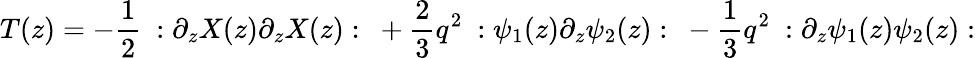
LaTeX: T(z)=-{\frac{1}{2}}~:\partial_{z}X(z)\partial_{z}X(z):~+{\frac{2}{3}}q^{2}~:\psi_{1}(z)\partial_{z}\psi_{2}(z):~-{\frac{1}{3}}q^{2}~:\partial_{z}\psi_{1}(z)\psi_{2}(z):